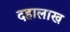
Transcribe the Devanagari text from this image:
दहालाख